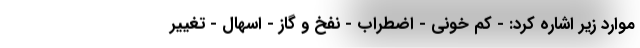
موارد زیر اشاره کرد: - کم خونی - اضطراب - نفخ و گاز - اسهال - تغییر